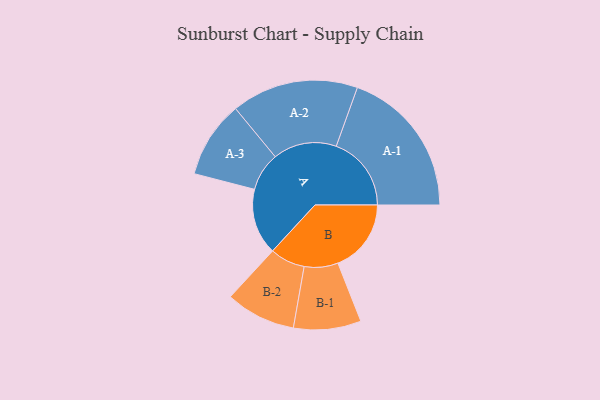
{"axis": {"x": "Segment", "y": "Value"}, "legend": ["", "A", "B"], "data": [{"x": "A", "y": 251, "type": ""}, {"x": "B", "y": 278, "type": ""}, {"x": "A-1", "y": 285, "type": "A"}, {"x": "A-2", "y": 241, "type": "A"}, {"x": "A-3", "y": 146, "type": "A"}, {"x": "B-1", "y": 128, "type": "B"}, {"x": "B-2", "y": 133, "type": "B"}]}